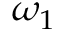
\omega _ { 1 }